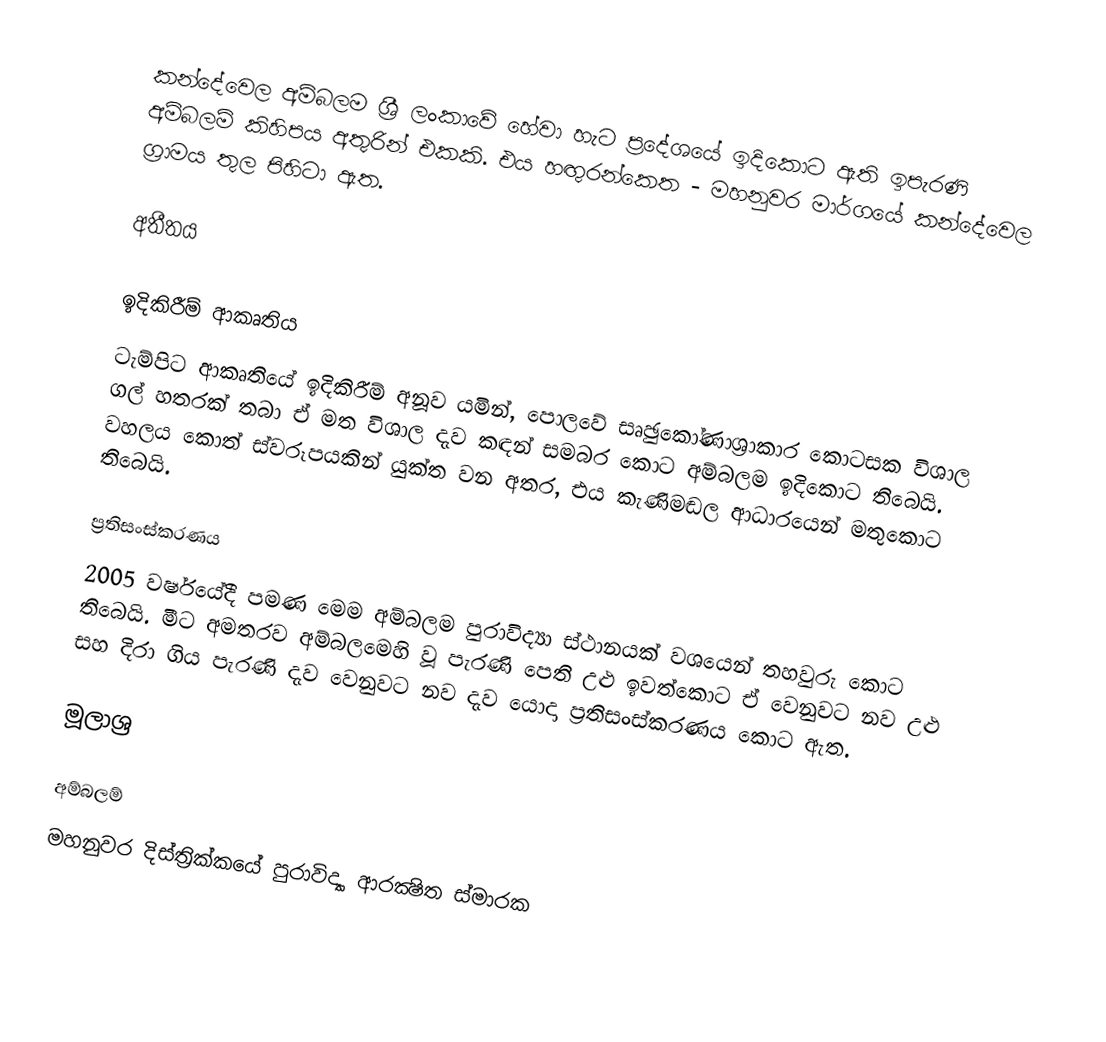
කන්දේවෙල අම්බලම ශ්‍රී ලංකාවේ හේවා හැට ප්‍රදේශයේ ඉදිකොට ඇති ඉපැරණි අම්බලම් කිහිපය අතුරින් එකකි. එය හඟුරන්කෙත - මහනුවර මාර්ගයේ කන්දේවෙල ග‍්‍රාමය තුල පිහිටා ඇත.

අතීතය

ඉදිකිරීම් ආකෘතිය
ටැම්පිට ආකෘතියේ ඉදිකිරීම් අනූව යමින්, පො‍ලවේ සෘඡුකෝණාශ්‍රාකාර කොටසක විශාල ගල් හතරක් තබා ඒ මත විශාල දැව කඳන් සමබර කොට අම්බලම ඉදිකොට තිබෙයි. වහලය කොත් ස්වරූපයකින් යුක්ත වන අතර, එය කැණිමඬල ආධාරයෙන් මතුකොට තිබෙයි.

ප්‍රතිසංස්කරණය
2005 වර්ෂයේදී පමණ මෙම අම්බලම පුරාවිද්‍යා ස්ථානයක් වශයෙන් තහවුරු කොට තිබෙයි. මීට අමතරව අම්බලමෙහි වූ පැරණි පෙති උළු ඉවත්කොට ඒ වෙනුවට නව උළු සහ දිරා ගිය පැරණි දැව වෙනුවට නව දැව යොදා ප්‍රතිසංස්කරණය කොට ඇත.

මූලාශ්‍ර

අම්බලම්
මහනුවර දිස්ත්‍රික්කයේ පුරාවිද්‍යා ආරක්‍ෂිත ස්මාරක‎